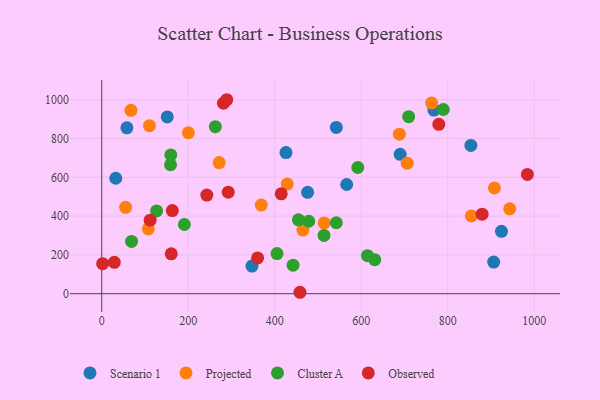
{"axis": {"x": "Price", "y": "Profit"}, "legend": ["Cluster A", "Observed", "Projected", "Scenario 1"], "data": [{"x": "690.0", "y": 718.5, "type": "Scenario 1"}, {"x": "151.5", "y": 911.4, "type": "Scenario 1"}, {"x": "32.5", "y": 595.1, "type": "Scenario 1"}, {"x": "906.2", "y": 163.1, "type": "Scenario 1"}, {"x": "566.4", "y": 562.9, "type": "Scenario 1"}, {"x": "768.0", "y": 946.3, "type": "Scenario 1"}, {"x": "924.2", "y": 321.6, "type": "Scenario 1"}, {"x": "426.0", "y": 727.4, "type": "Scenario 1"}, {"x": "853.4", "y": 764.5, "type": "Scenario 1"}, {"x": "58.2", "y": 854.8, "type": "Scenario 1"}, {"x": "542.4", "y": 856.9, "type": "Scenario 1"}, {"x": "347.4", "y": 142.5, "type": "Scenario 1"}, {"x": "476.0", "y": 522.7, "type": "Scenario 1"}, {"x": "762.7", "y": 983.3, "type": "Projected"}, {"x": "271.5", "y": 676.1, "type": "Projected"}, {"x": "368.9", "y": 457.1, "type": "Projected"}, {"x": "55.3", "y": 445.1, "type": "Projected"}, {"x": "107.7", "y": 334.1, "type": "Projected"}, {"x": "200.4", "y": 829.5, "type": "Projected"}, {"x": "67.5", "y": 945.1, "type": "Projected"}, {"x": "465.2", "y": 328.0, "type": "Projected"}, {"x": "854.7", "y": 400.9, "type": "Projected"}, {"x": "943.3", "y": 437.6, "type": "Projected"}, {"x": "706.2", "y": 672.7, "type": "Projected"}, {"x": "688.2", "y": 822.3, "type": "Projected"}, {"x": "110.4", "y": 866.2, "type": "Projected"}, {"x": "428.9", "y": 565.0, "type": "Projected"}, {"x": "907.9", "y": 545.1, "type": "Projected"}, {"x": "514.4", "y": 365.0, "type": "Projected"}, {"x": "478.6", "y": 373.4, "type": "Cluster A"}, {"x": "159.7", "y": 715.3, "type": "Cluster A"}, {"x": "542.4", "y": 365.8, "type": "Cluster A"}, {"x": "159.1", "y": 664.7, "type": "Cluster A"}, {"x": "126.9", "y": 426.5, "type": "Cluster A"}, {"x": "709.6", "y": 912.5, "type": "Cluster A"}, {"x": "191.1", "y": 356.8, "type": "Cluster A"}, {"x": "631.2", "y": 175.5, "type": "Cluster A"}, {"x": "69.0", "y": 269.3, "type": "Cluster A"}, {"x": "614.5", "y": 196.1, "type": "Cluster A"}, {"x": "513.9", "y": 300.4, "type": "Cluster A"}, {"x": "454.8", "y": 380.8, "type": "Cluster A"}, {"x": "592.0", "y": 650.5, "type": "Cluster A"}, {"x": "262.7", "y": 861.0, "type": "Cluster A"}, {"x": "405.3", "y": 206.8, "type": "Cluster A"}, {"x": "442.4", "y": 147.2, "type": "Cluster A"}, {"x": "789.7", "y": 949.3, "type": "Cluster A"}, {"x": "415.0", "y": 514.7, "type": "Observed"}, {"x": "360.4", "y": 184.4, "type": "Observed"}, {"x": "163.2", "y": 428.5, "type": "Observed"}, {"x": "292.5", "y": 523.1, "type": "Observed"}, {"x": "160.8", "y": 205.5, "type": "Observed"}, {"x": "289.1", "y": 999.8, "type": "Observed"}, {"x": "243.0", "y": 508.5, "type": "Observed"}, {"x": "281.5", "y": 981.8, "type": "Observed"}, {"x": "984.1", "y": 614.6, "type": "Observed"}, {"x": "2.1", "y": 154.9, "type": "Observed"}, {"x": "458.3", "y": 7.4, "type": "Observed"}, {"x": "29.1", "y": 162.0, "type": "Observed"}, {"x": "879.5", "y": 409.8, "type": "Observed"}, {"x": "779.3", "y": 872.8, "type": "Observed"}, {"x": "111.9", "y": 379.2, "type": "Observed"}]}